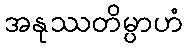
အနုဿတိမ္ပာဟံ